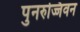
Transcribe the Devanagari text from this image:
पुनरुज्जिवन